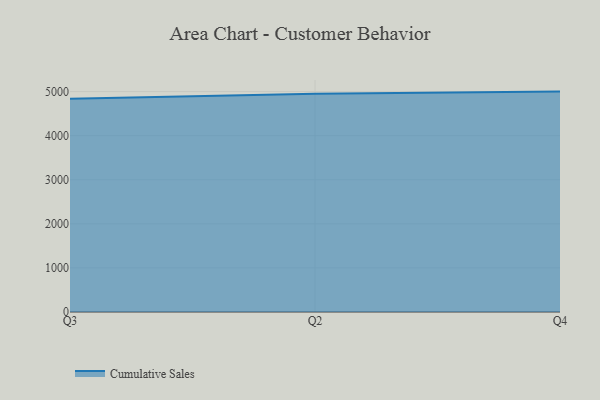
{"axis": {"x": "Quarter", "y": "Demand Index"}, "legend": ["Cumulative Sales"], "data": [{"x": "Q3", "y": 4837.3, "type": "Cumulative Sales"}, {"x": "Q2", "y": 4953.4, "type": "Cumulative Sales"}, {"x": "Q4", "y": 5000, "type": "Cumulative Sales"}]}